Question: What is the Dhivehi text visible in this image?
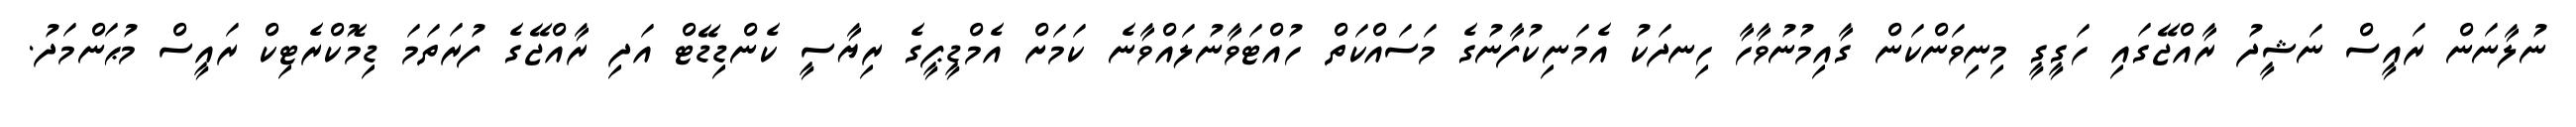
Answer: ނުލާނަން ރައީސް ނަޝީދު ރާއްޖޭގައި ހަގީގީ މިނިވަންކަން ގާއިމުނުވާހާ ހިނދަކު އެމަނިކުފާނުގެ މަސައްކަތް ހުއްޓަވާނުލައްވާނެ ކަމަށް އެމްޑީޕީގެ ރިޔާސީ ކެންޑިޑޭޓް އަދި ރާއްޖޭގެ ފުރަތަމަ ޑިމޮކްރެޓިކް ރައީސް މުޙަންމަދު.